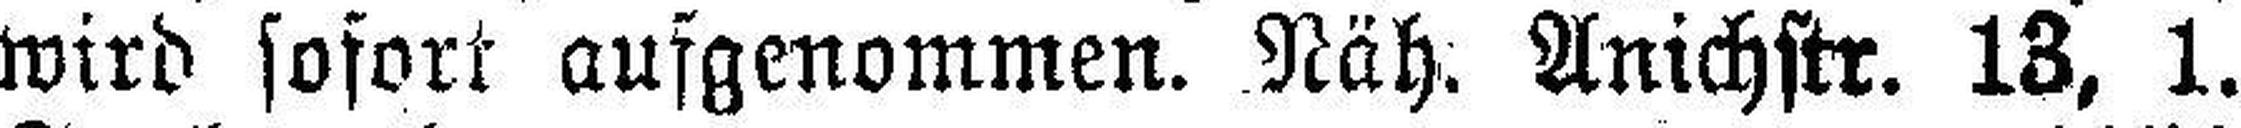
wird sofort ausgenommen. Näh. Anichstr. 13, 1.